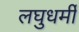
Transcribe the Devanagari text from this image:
लघुधर्मी